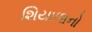
શિયાળાનો